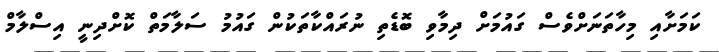
ކަމަށާއި މިހާތަނަށްވެސް ގައުމަށް ދިމާވި ބޮޑެތި ނުރައްކާތަކުން ގައުމު ސަލާމަތް ކޮށްދިނީ އިސްލާމް